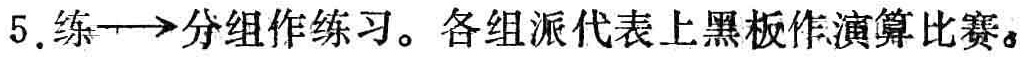
5. 练$\longrightarrow$分组作练习。各组派代表上黑板作演算比赛。